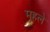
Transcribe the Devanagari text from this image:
मुहले